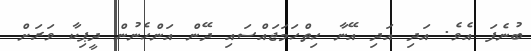
ބުނެފަ އެވެ. އަދި އަދި އޭނާ ހިތްހަމަޖައްސައި ދޭން އަންހެނުން ދީޕިކާ ވަރަށް